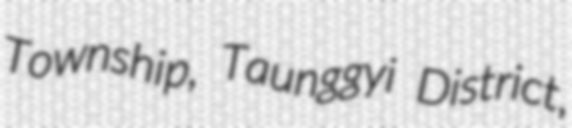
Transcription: Township, Taunggyi District,